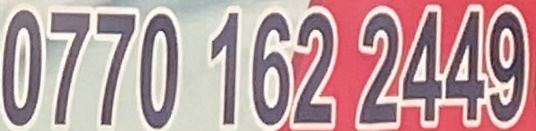
0770 162 2449